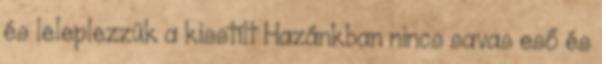
és leleplezzük a kisstílt Hazánkban nincs savas eső és